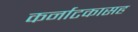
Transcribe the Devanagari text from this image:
कर्नाटकासह